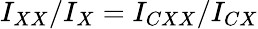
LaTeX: I_{XX}/I_{X}=I_{CXX}/I_{CX}